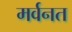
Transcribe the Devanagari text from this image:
मर्वनत